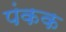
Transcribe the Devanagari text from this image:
पंकक